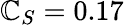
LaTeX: \mathbb{C}_{S}=0.17